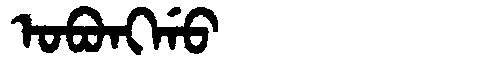
Manchu: ᠣᠪᠣᠩᡤᠣ
Romanization: OBONGGO